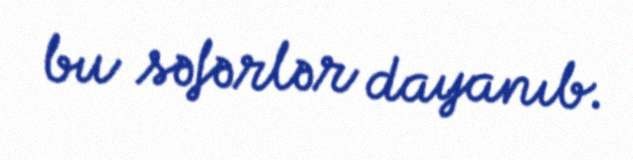
bu səfərlər dayanıb.